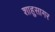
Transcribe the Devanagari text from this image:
शाहुसागर